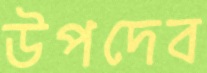
উপদেব